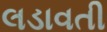
લડાવતી